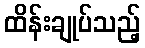
ထိန်းချုပ်သည့်